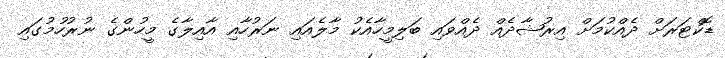
ޑޮކްޓަރަށް ދެއްކުމަށް އިރުޝާދެއް ދެއްވައި ބަލިމީހާއެކު މާލެއައި ނަރުހާއި އާއިލާގެ މީހުންގެ ނުރުހުމުގައި